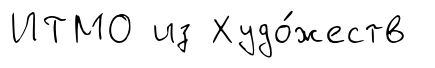
ИТМО из Худо́жеств